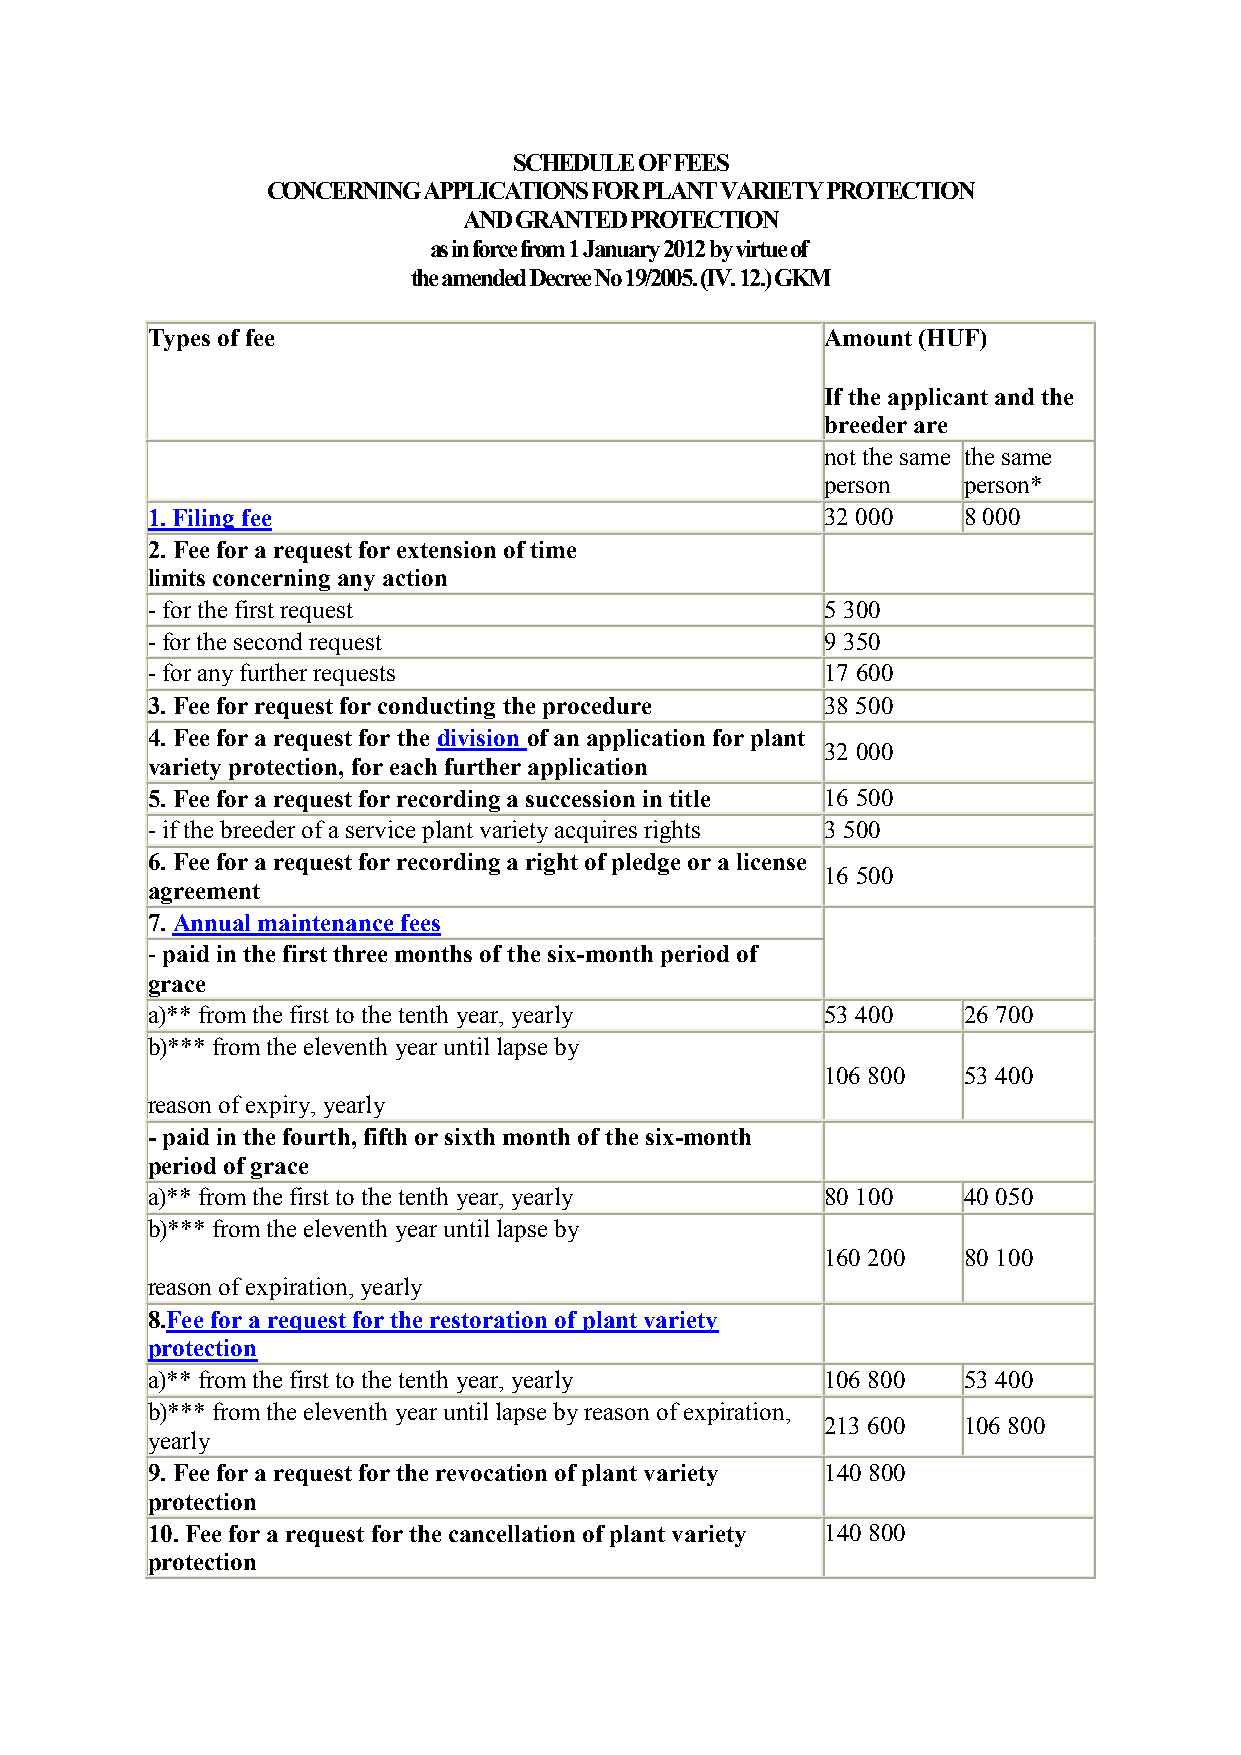
SCHEDULE OF FEES
 CONCERNING APPLICATIONS FOR PLANT VARIETY PROTECTION
 AND GRANTED PROTECTION
 as in force from 1 January 2012 by virtue of
 the amended Decree No 19/2005. (IV. 12.) GKM
 Types of fee                                 Amount (HUF)
 If the applicant and the
 breeder are
 not the same the same
 person   person*
 1. Filing fee                                32 000   8 000
 2. Fee for a request for extension of time
 limits concerning any action
 - for the first request                      5 300
 - for the second request                     9 350
 - for any further requests                   17 600
 3. Fee for request for conducting the procedure 38 500
 4. Fee for a request for the division of an application for plant
 32 000
 variety protection, for each further application
 5. Fee for a request for recording a succession in title 16 500
 - if the breeder of a service plant variety acquires rights 3 500
 6. Fee for a request for recording a right of pledge or a license
 16 500
 agreement
 7. Annual maintenance fees
 - paid in the first three months of the six-month period of
 grace
 a)** from the first to the tenth year, yearly 53 400  26 700
 b)*** from the eleventh year until lapse by
 106 800  53 400
 reason of expiry, yearly
 - paid in the fourth, fifth or sixth month of the six-month
 period of grace
 a)** from the first to the tenth year, yearly 80 100  40 050
 b)*** from the eleventh year until lapse by
 160 200  80 100
 reason of expiration, yearly
 8.Fee for a request for the restoration of plant variety
 protection
 a)** from the first to the tenth year, yearly 106 800 53 400
 b)*** from the eleventh year until lapse by reason of expiration,
 213 600  106 800
 yearly
 9. Fee for a request for the revocation of plant variety 140 800
 protection
 10. Fee for a request for the cancellation of plant variety 140 800
 protection